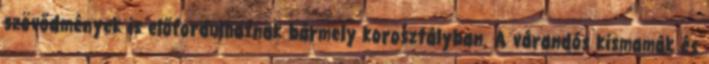
szövődmények is előfordulhatnak bármely korosztályban. A várandós kismamák és